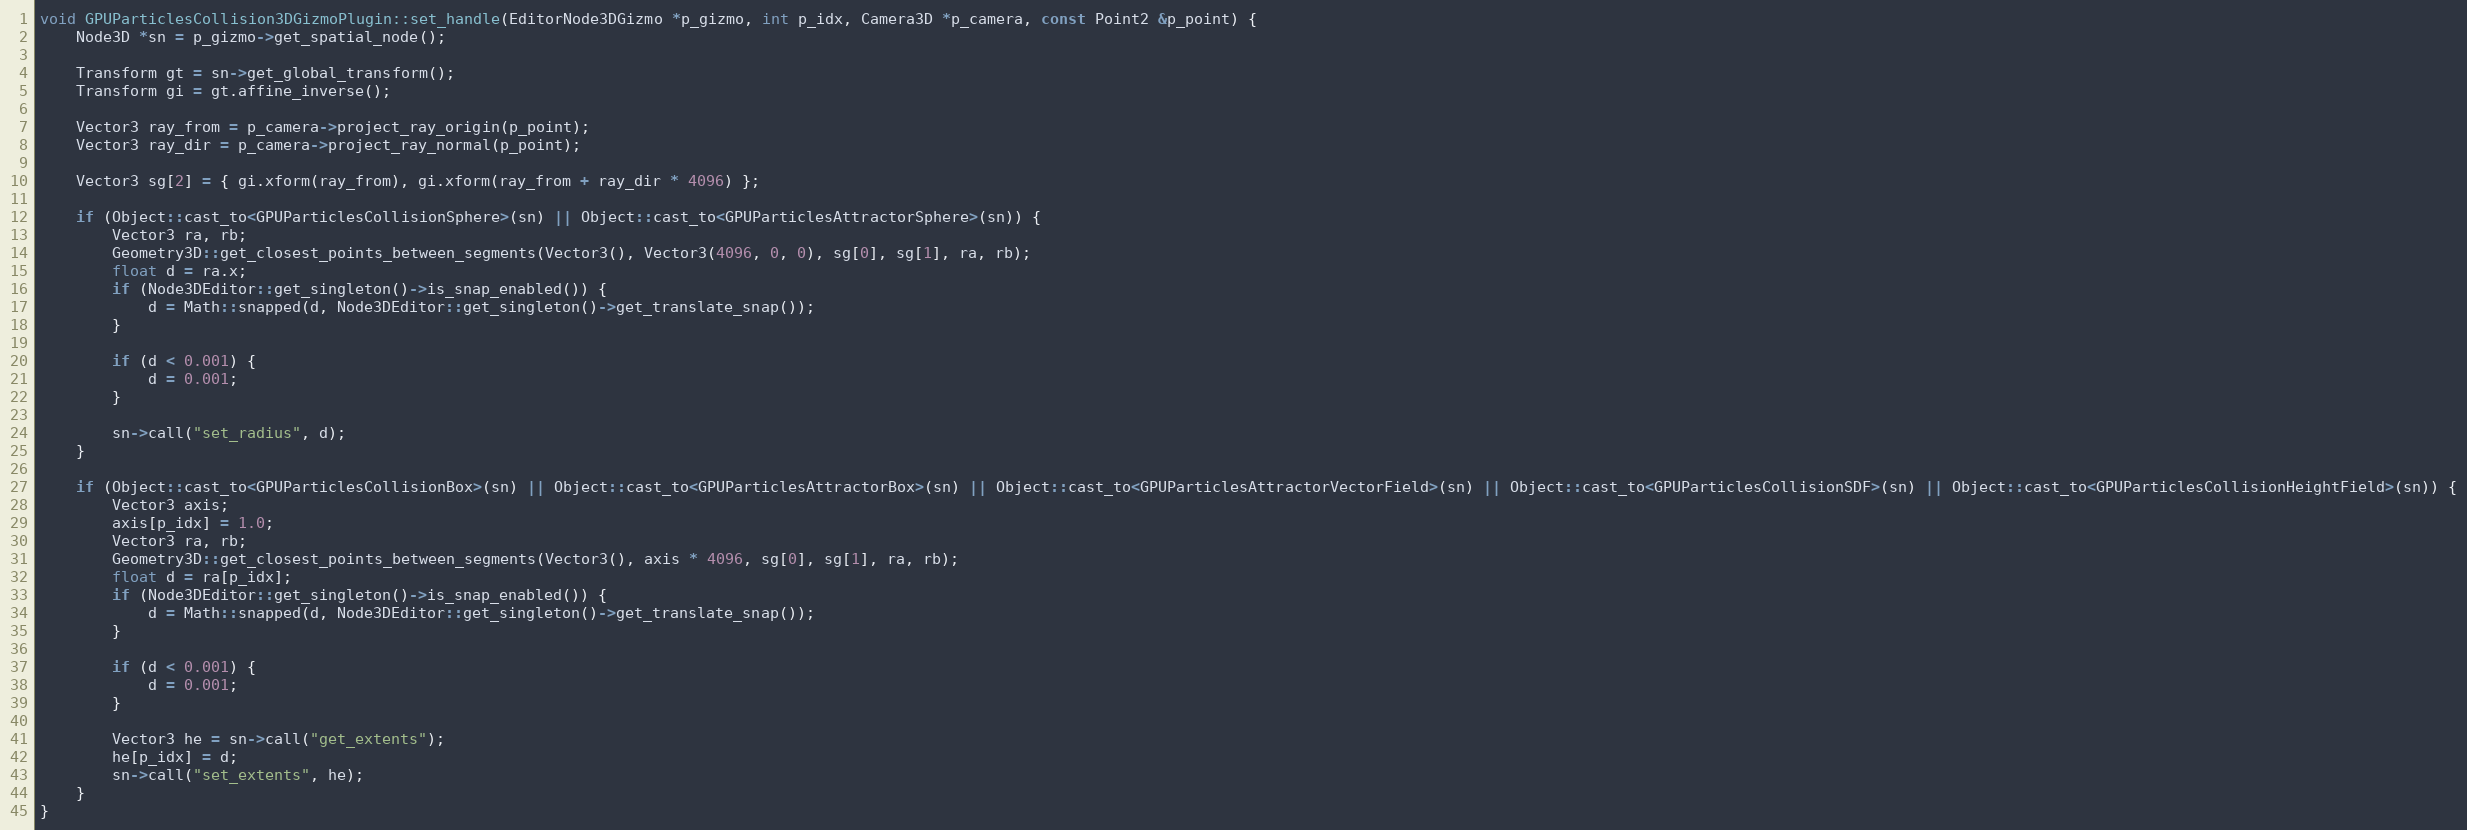
Language: C++
void GPUParticlesCollision3DGizmoPlugin::set_handle(EditorNode3DGizmo *p_gizmo, int p_idx, Camera3D *p_camera, const Point2 &p_point) {
	Node3D *sn = p_gizmo->get_spatial_node();

	Transform gt = sn->get_global_transform();
	Transform gi = gt.affine_inverse();

	Vector3 ray_from = p_camera->project_ray_origin(p_point);
	Vector3 ray_dir = p_camera->project_ray_normal(p_point);

	Vector3 sg[2] = { gi.xform(ray_from), gi.xform(ray_from + ray_dir * 4096) };

	if (Object::cast_to<GPUParticlesCollisionSphere>(sn) || Object::cast_to<GPUParticlesAttractorSphere>(sn)) {
		Vector3 ra, rb;
		Geometry3D::get_closest_points_between_segments(Vector3(), Vector3(4096, 0, 0), sg[0], sg[1], ra, rb);
		float d = ra.x;
		if (Node3DEditor::get_singleton()->is_snap_enabled()) {
			d = Math::snapped(d, Node3DEditor::get_singleton()->get_translate_snap());
		}

		if (d < 0.001) {
			d = 0.001;
		}

		sn->call("set_radius", d);
	}

	if (Object::cast_to<GPUParticlesCollisionBox>(sn) || Object::cast_to<GPUParticlesAttractorBox>(sn) || Object::cast_to<GPUParticlesAttractorVectorField>(sn) || Object::cast_to<GPUParticlesCollisionSDF>(sn) || Object::cast_to<GPUParticlesCollisionHeightField>(sn)) {
		Vector3 axis;
		axis[p_idx] = 1.0;
		Vector3 ra, rb;
		Geometry3D::get_closest_points_between_segments(Vector3(), axis * 4096, sg[0], sg[1], ra, rb);
		float d = ra[p_idx];
		if (Node3DEditor::get_singleton()->is_snap_enabled()) {
			d = Math::snapped(d, Node3DEditor::get_singleton()->get_translate_snap());
		}

		if (d < 0.001) {
			d = 0.001;
		}

		Vector3 he = sn->call("get_extents");
		he[p_idx] = d;
		sn->call("set_extents", he);
	}
}